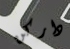
داركن